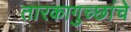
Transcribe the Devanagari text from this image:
तारकागुच्छांचे